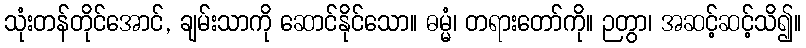
သုံးတန်တိုင်အောင်, ချမ်းသာကို ဆောင်နိုင်သော။ ဓမ္မံ၊ တရားတော်ကို။ ဉတွာ၊ အဆင့်ဆင့်သိ၍။